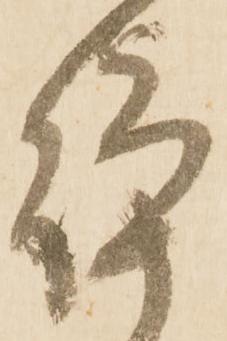
謹